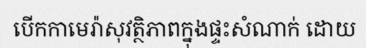
បើកកាមេរ៉ាសុវត្ថិភាពក្នុងផ្ទះសំណាក់ ដោយ